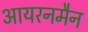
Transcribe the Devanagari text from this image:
आयरनमैन